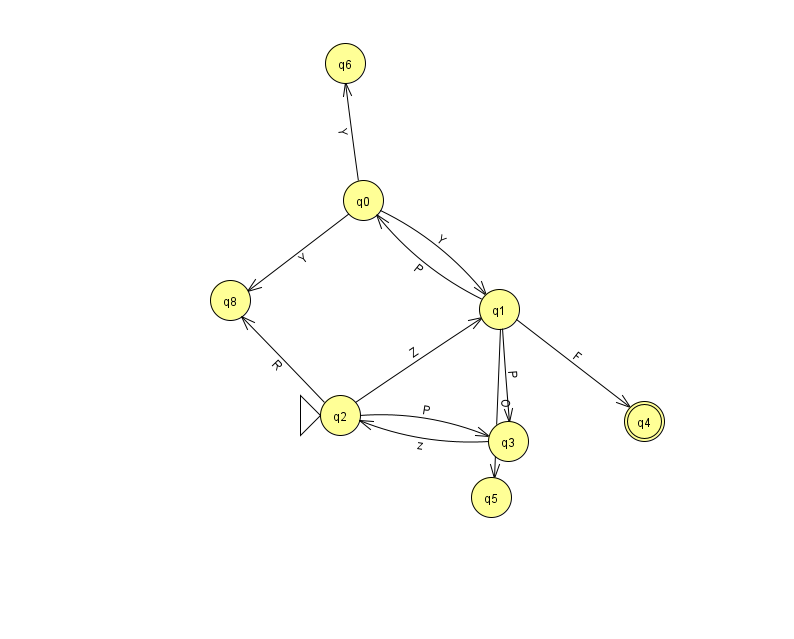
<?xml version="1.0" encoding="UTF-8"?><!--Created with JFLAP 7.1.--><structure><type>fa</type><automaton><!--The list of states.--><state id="0" name="q0"><x>363.0</x><y>187.0</y></state><state id="1" name="q1"><x>499.0</x><y>296.0</y></state><state id="2" name="q2"><x>340.0</x><y>402.0</y><initial/></state><state id="3" name="q3"><x>508.0</x><y>428.0</y></state><state id="4" name="q4"><x>644.0</x><y>408.0</y><final/></state><state id="5" name="q5"><x>491.0</x><y>484.0</y></state><state id="6" name="q6"><x>345.0</x><y>50.0</y></state><state id="8" name="q8"><x>230.0</x><y>287.0</y></state><!--The list of transitions.--><transition><from>3</from><to>2</to><read>z</read></transition><transition><from>0</from><to>6</to><read>Y</read></transition><transition><from>1</from><to>4</to><read>F</read></transition><transition><from>1</from><to>3</to><read>P</read></transition><transition><from>2</from><to>1</to><read>Z</read></transition><transition><from>1</from><to>0</to><read>P</read></transition><transition><from>0</from><to>8</to><read>Y</read></transition><transition><from>2</from><to>3</to><read>P</read></transition><transition><from>2</from><to>8</to><read>R</read></transition><transition><from>1</from><to>5</to><read>O</read></transition><transition><from>0</from><to>1</to><read>Y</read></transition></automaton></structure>